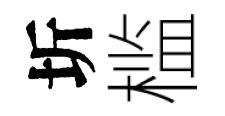
圻槛